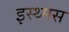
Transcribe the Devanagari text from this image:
इस्थ्मस